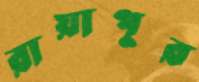
রায়াপুর